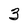
Character: 3